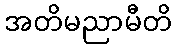
အတိမညာမီတိ